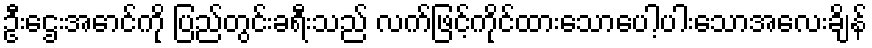
ဦးဌေးအောင်ကို ပြည်တွင်းခရီးသည် လက်ဖြင့်ကိုင်ထားသောပေါ့ပါးသောအလေးချိန်